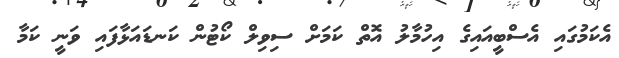
އެކަމުގައި އެސްބީއައިގެ އިހުމާލު އޮތް ކަމަށް ސިވިލް ކޯޓުން ކަނޑައަޅާފައި ވަނީ ކަމާ